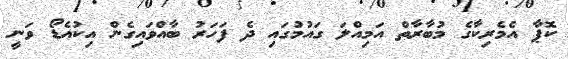
ކޮޕާ އެމެރިކާގެ މުބާރާތް އަމިއްލަ ގައުމުގައި ދެ ފަހަރު ބާއްވައިގެން އިކުއެޑޯ ވަނީ